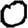
Digit: 0